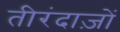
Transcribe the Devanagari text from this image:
तीरंदाज़ों